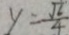
y = \frac { \sqrt { 6 } } { 4 }